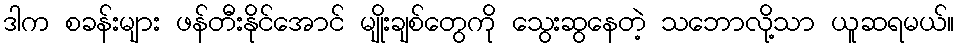
ဒါက စခန်းများ ဖန်တီးနိုင်အောင် မျိုးချစ်တွေကို သွေးဆွနေတဲ့ သဘောလို့သာ ယူဆရမယ်။